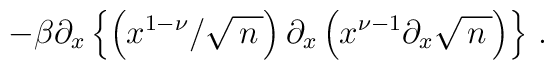
-\beta\partial_x\left\{\left(x^{1-\nu}/\sqrt{\, n\,}\right)  \partial_x \left(x^{\nu-1}\partial_x \sqrt{\, n\,} \right)\right\}\,.